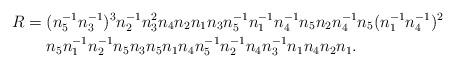
LaTeX: \begin{align*}R = \; &(n_5^{-1} n_3^{-1})^3 n_2^{-1} n_3^2 n_4 n_2 n_1 n_3 n_5^{-1} n_1^{-1} n_4^{-1} n_5 n_2 n_4^{-1} n_5(n_1^{-1} n_4^{-1})^2\\& n_5 n_1^{-1} n_2^{-1} n_5 n_3 n_5 n_1 n_4 n_5^{-1} n_2^{-1} n_4 n_3^{-1} n_1 n_4 n_2 n_1 .\end{align*}